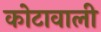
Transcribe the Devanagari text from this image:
कोटावाली